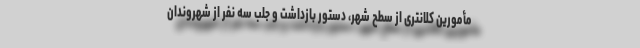
مأمورین کلانتری از سطح شهر، دستور بازداشت و جلب سه نفر از شهروندان